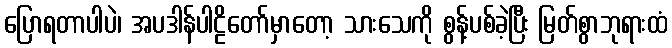
ပြောရတာပါပဲ၊ အပဒါန်ပါဠိတော်မှာတော့ သားသေကို စွန့်ပစ်ခဲ့ပြီး မြတ်စွာဘုရားထံ